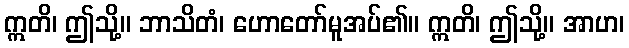
ဣတိ၊ ဤသို့။ ဘာသိတံ၊ ဟောတော်မူအပ်၏။ ဣတိ၊ ဤသို့။ အာဟ၊